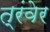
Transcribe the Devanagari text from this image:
त्रंवेर